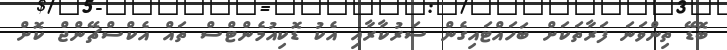
ބޮޑޭ ތިންވަނަ ފަރާތަކަށް ބަހައްޓައިގެން ސަރުކާރާއި އެކު ޑޮކިއުމެންޓްސް ތައް އެކްސްޗޭންޖް ކޮށް